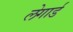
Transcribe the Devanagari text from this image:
लेगार्ड